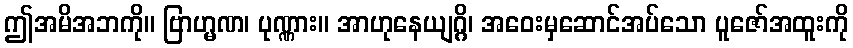
ဤအမိအဘကို။ ဗြာဟ္မဏ၊ ပုဏ္ဏား။ အာဟုနေယျဂ္ဂိ၊ အဝေးမှဆောင်အပ်သော ပူဇော်အထူးကို